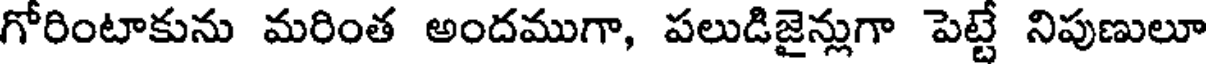
గోరింటాకును మరింత అందముగా, పలుడిజైన్లుగా పెట్టే నిపుణులూ